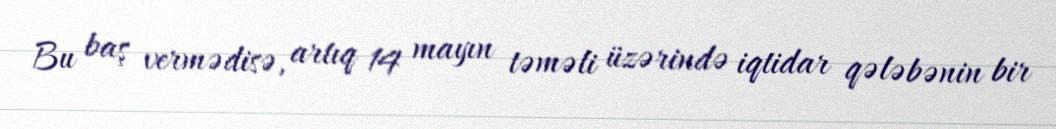
Bu baş vermədisə, artıq 14 mayın təməli üzərində iqtidar qələbənin bir